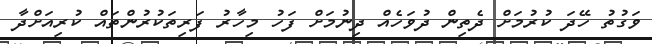
ވަގުތު ހޭދަ ކުރުމަށް ދެތިން ދުވަހެއް ދިނުމަށް ފަހު މިހާރު ފަރިތަކުރުންތައް ކުރިއަށްދާ